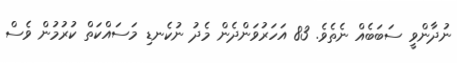
ނުދާންވީ ސަބަބެއް ނެތެވެ. 83 އަހަރުވަންދެން މެދު ނުކެނޑި މަސައްކަތް ކުރުމުން ވެސް